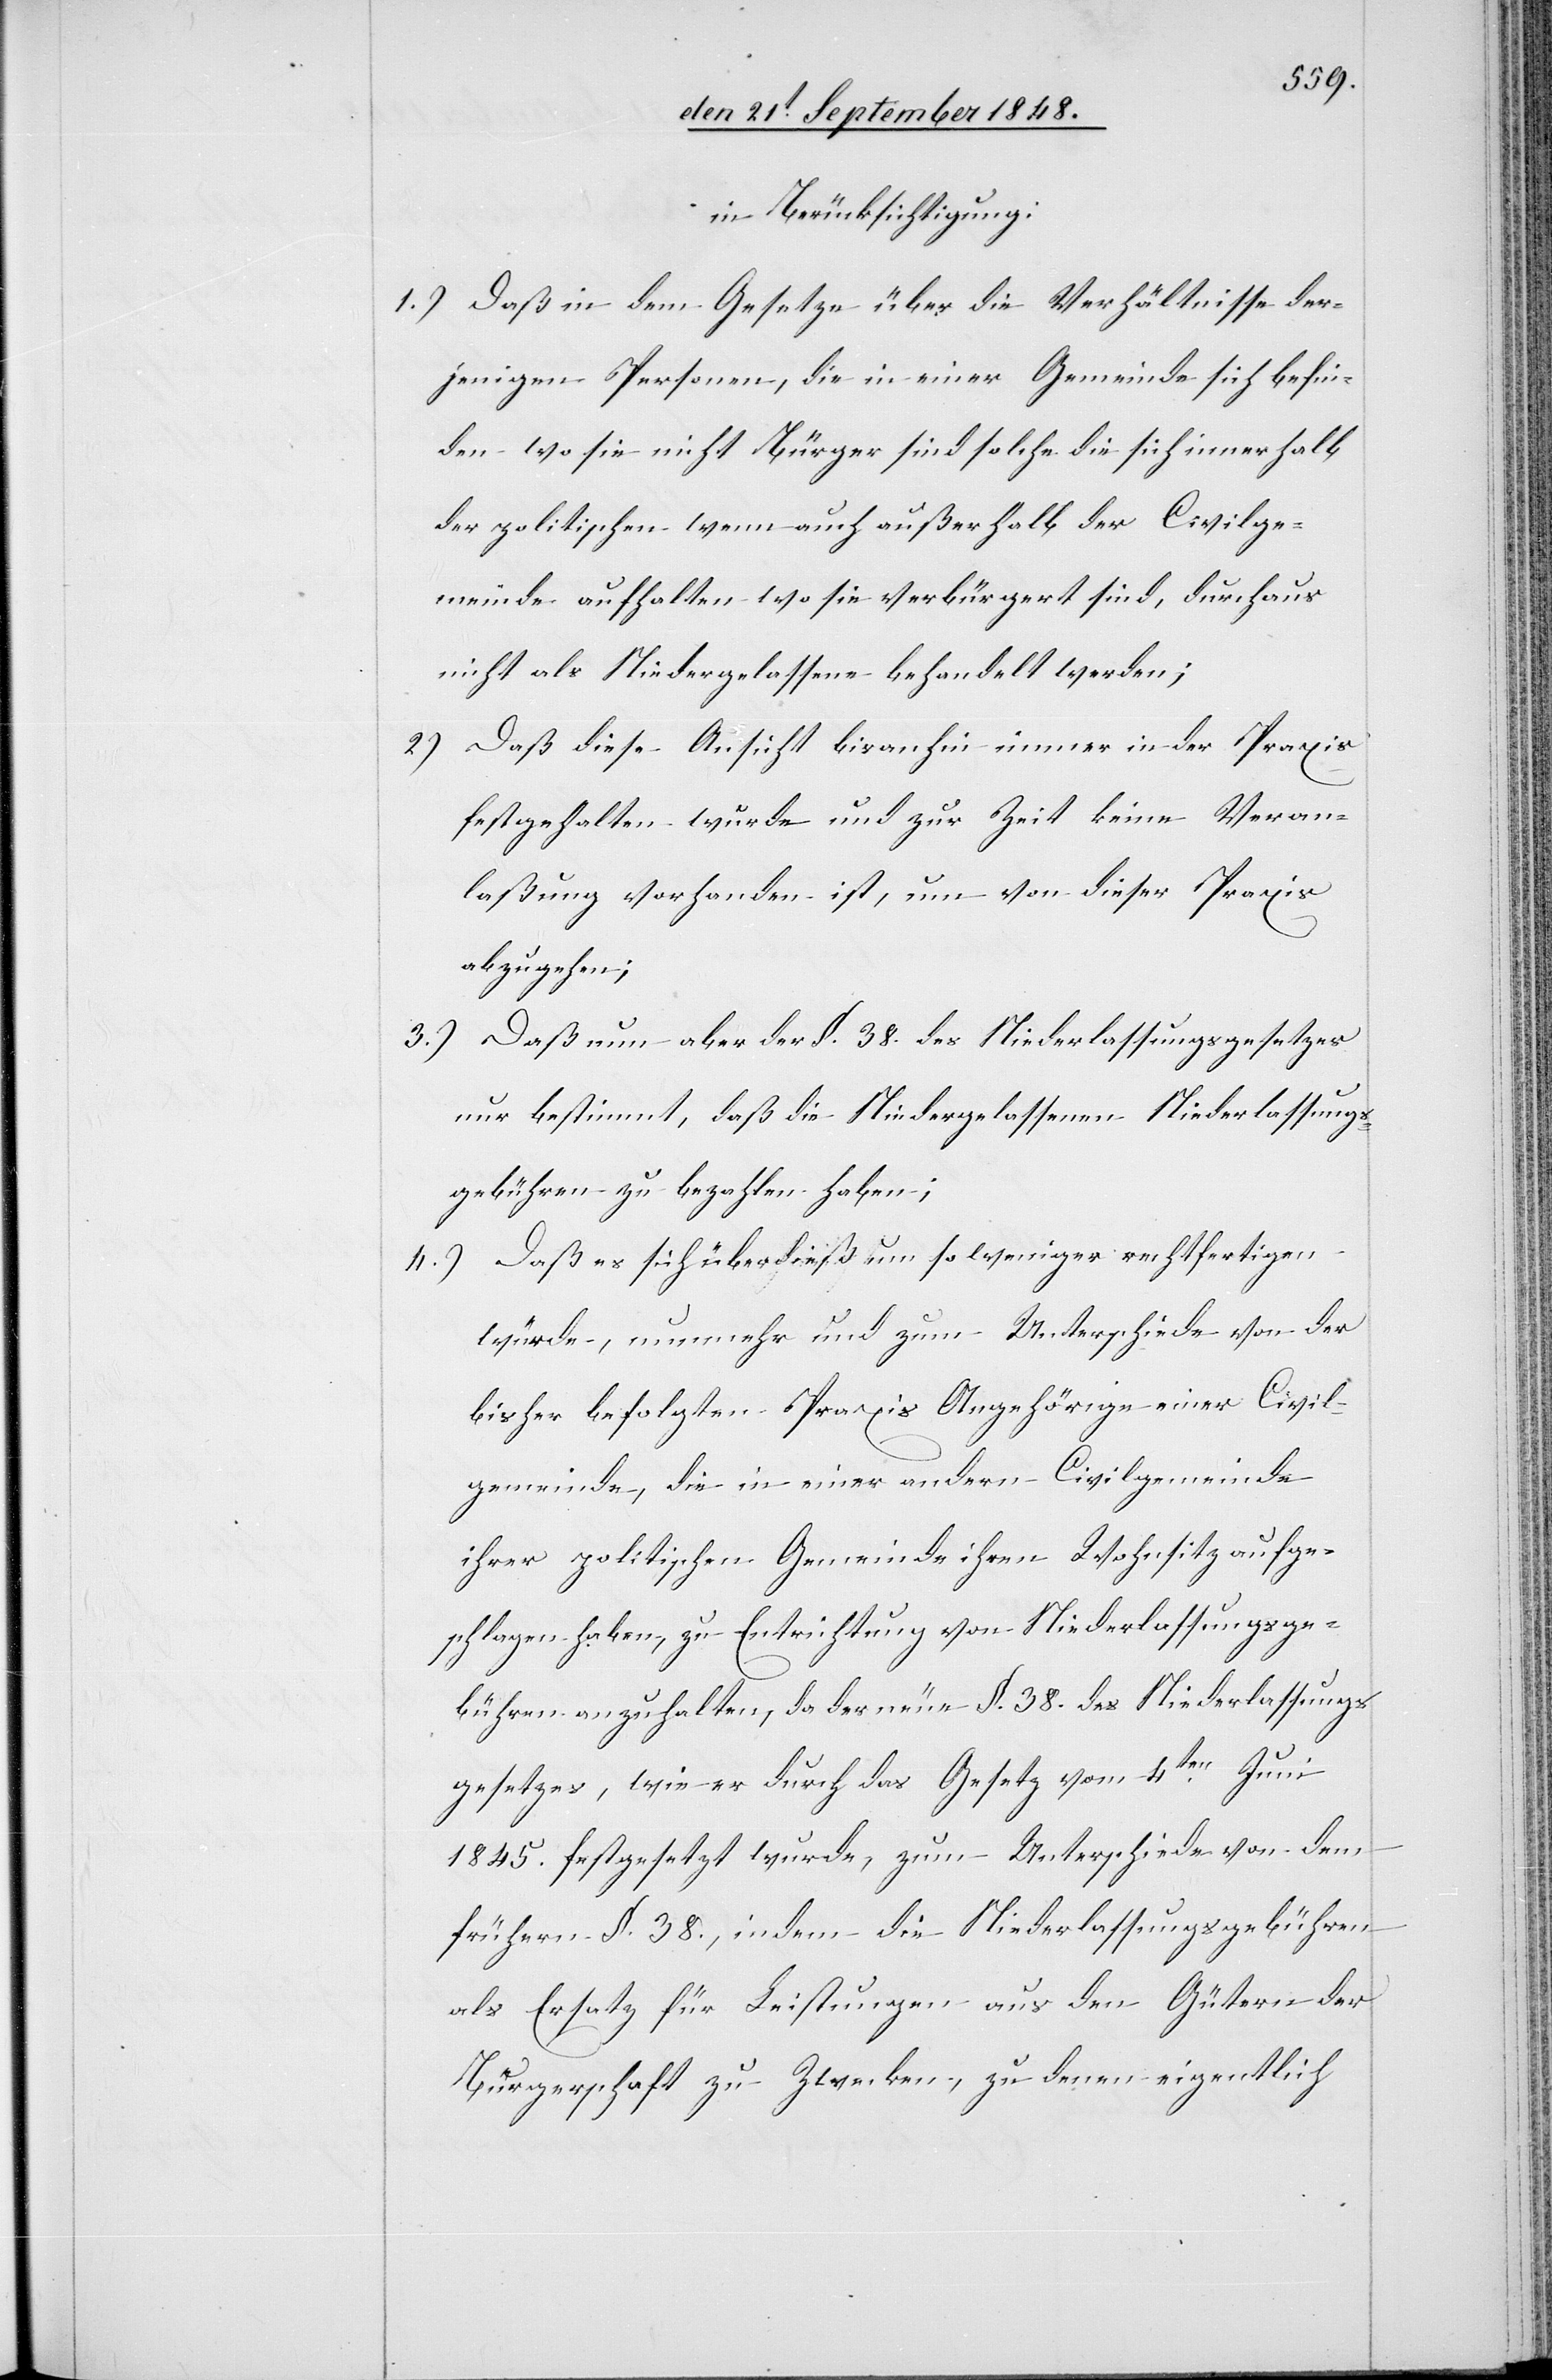
in Berücksichtigung:
1.) Daß in dem Gesetze über die Verhältnisse der¬
jenigen Personen, die in einer Gemeinde sich befin¬
den wo sie nicht Bürger sind solche die sich innerhalb
der politischen wenn auch außerhalb der Civilge¬
meinde aufhalten wo sie verbürgert sind, durchaus
nicht als Niedergelassene behandelt werden,
2.) Daß diese Ansicht bisanhin immer in der Praxis
festgehalten wurde und zur Zeit keine Veran¬
laßung vorhanden ist, um von dieser Praxis
abzugehen;
3.) Daß nun aber der §. 38. des Niederlassungsgesetzes
nur bestimmt, daß die Niedergelassenen Niederlassungs¬
gebühren zu bezahlen haben.
4.) Daß es sich überdieß um so weniger rechtfertigen
würde, nunmehr und zum Unterschiede von der
bisher befolgten Praxis Angehörige einer Civil¬
gemeinde, die in einer andern Civilgemeinde
ihrer politischen Gemeinde ihren Wohnsitz aufge¬
schlagen haben, zu Entrichtung von Niederlassungsge¬
bühren anzuhalten, da der neue §. 38. des Niederlassungs¬
gesetzes, wie er durch das Gesetz vom 4ten Juni
1845. festgesetzt wurde, zum Unterschiede von dem
frühern §. 38., indem die Niederlassungsgebühren
als Ersatz für Leistungen aus den Gütern der
Bürgerschaft zu Zwecken, zu denen eigentlich